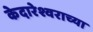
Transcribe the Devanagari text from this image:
केदारेश्वराच्या